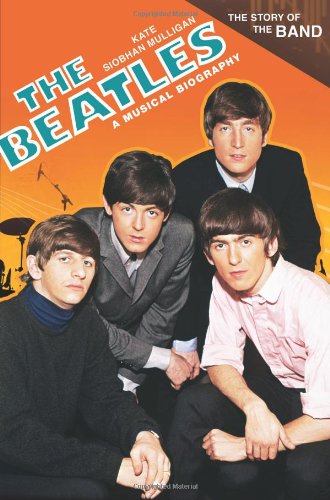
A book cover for The Beatles: A Musical Biography (The Story of the Band); Kate Siobhan Mulligan; Humor & Entertainment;